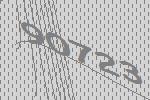
90723